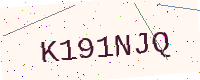
Text: K191NJQ